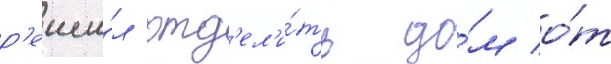
р'еши́л отд'ел'и́ть до́м о́т